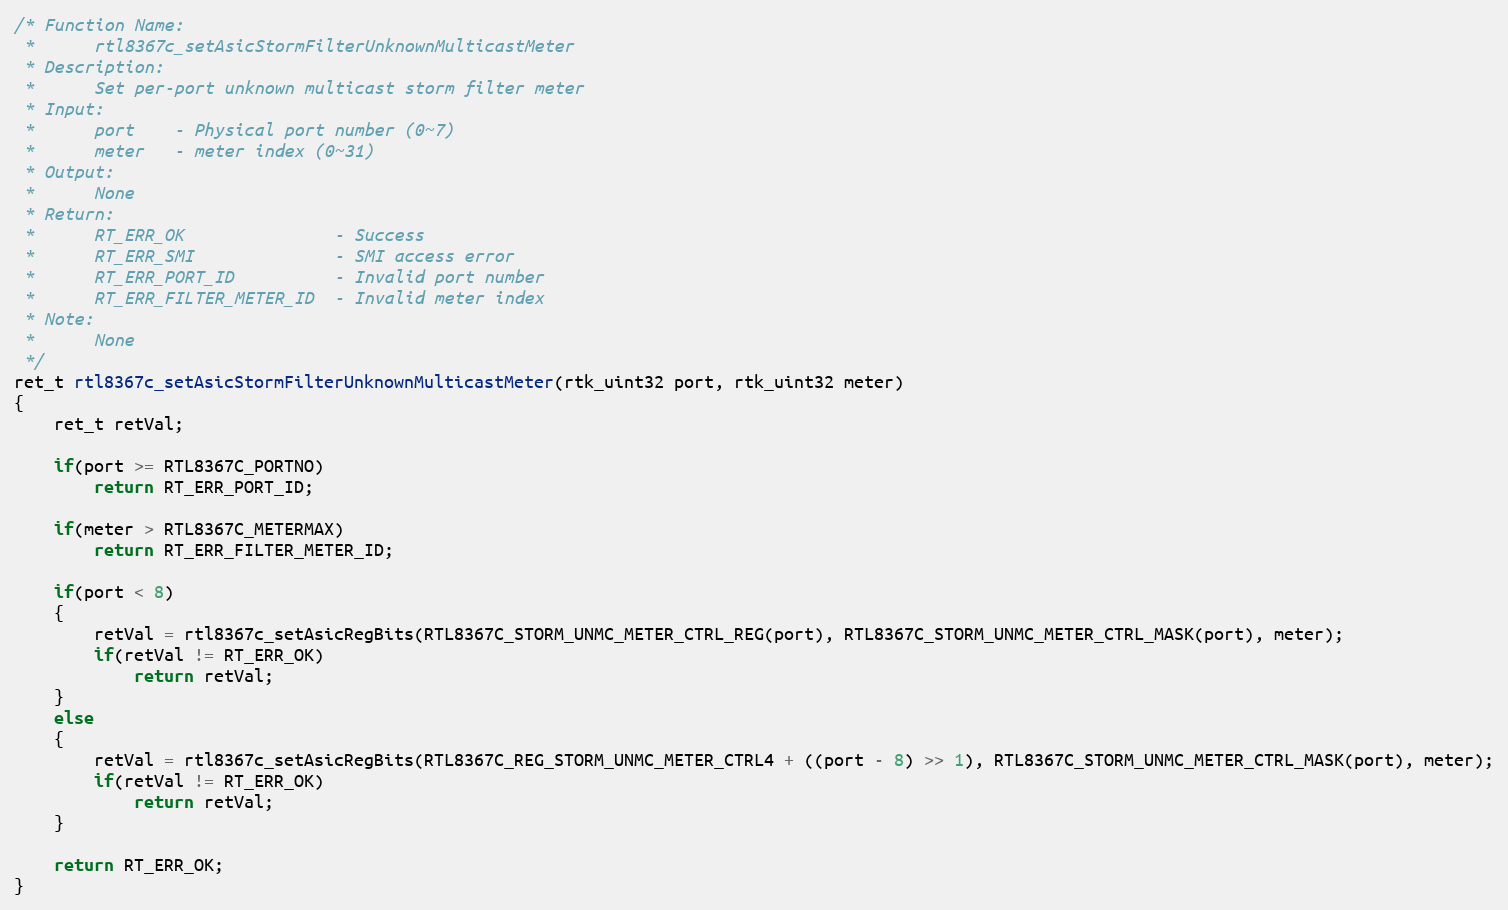
Language: C
/* Function Name:
 *      rtl8367c_setAsicStormFilterUnknownMulticastMeter
 * Description:
 *      Set per-port unknown multicast storm filter meter
 * Input:
 *      port    - Physical port number (0~7)
 *      meter   - meter index (0~31)
 * Output:
 *      None
 * Return:
 *      RT_ERR_OK               - Success
 *      RT_ERR_SMI              - SMI access error
 *      RT_ERR_PORT_ID          - Invalid port number
 *      RT_ERR_FILTER_METER_ID  - Invalid meter index
 * Note:
 *      None
 */
ret_t rtl8367c_setAsicStormFilterUnknownMulticastMeter(rtk_uint32 port, rtk_uint32 meter)
{
    ret_t retVal;

    if(port >= RTL8367C_PORTNO)
        return RT_ERR_PORT_ID;

    if(meter > RTL8367C_METERMAX)
        return RT_ERR_FILTER_METER_ID;

    if(port < 8)
    {
        retVal = rtl8367c_setAsicRegBits(RTL8367C_STORM_UNMC_METER_CTRL_REG(port), RTL8367C_STORM_UNMC_METER_CTRL_MASK(port), meter);
        if(retVal != RT_ERR_OK)
            return retVal;
    }
    else
    {
        retVal = rtl8367c_setAsicRegBits(RTL8367C_REG_STORM_UNMC_METER_CTRL4 + ((port - 8) >> 1), RTL8367C_STORM_UNMC_METER_CTRL_MASK(port), meter);
        if(retVal != RT_ERR_OK)
            return retVal;
    }

    return RT_ERR_OK;
}